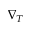
\nabla _ { T }